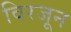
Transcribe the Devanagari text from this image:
विरजून